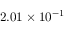
2 . 0 1 \times 1 0 ^ { - 1 }